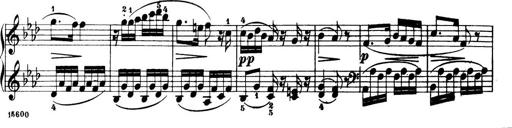
Title: 32 Sonatinas and Rondos for the Piano
Composer: Richard Kleinmichel